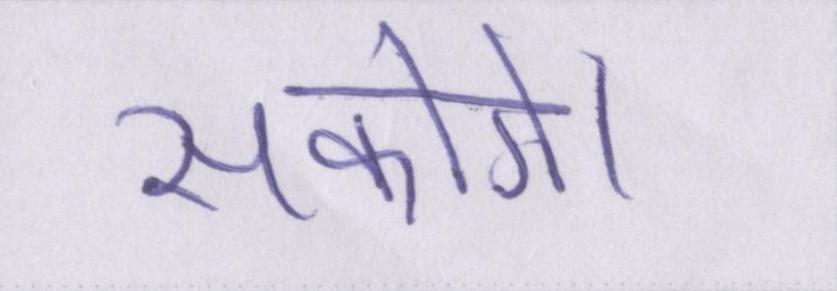
सकोगे।